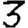
Digit: 3